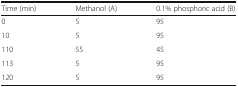
| Time (min) | Methanol (A) | 0.1% phosphoric acid (B) |
 | --- | --- | --- |
 | 0 | 5 | 95 |
 | 10 | 5 | 95 |
 | 110 | 55 | 45 |
 | 113 | 5 | 95 |
 | 120 | 5 | 95 |